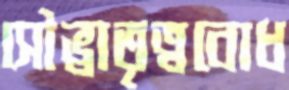
সৌভ্রাতৃত্ববোধ